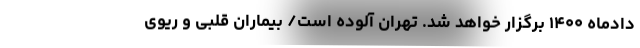
دادماه ۱۴۰۰ برگزار خواهد شد. تهران آلوده است/ بیماران قلبی و ریوی